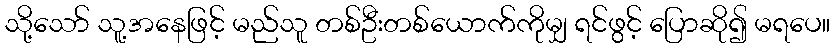
သို့သော် သူ့အနေဖြင့် မည်သူ တစ်ဦးတစ်ယောက်ကိုမျှ ရင်ဖွင့် ပြောဆို၍ မရပေ။